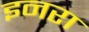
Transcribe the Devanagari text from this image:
इनरा